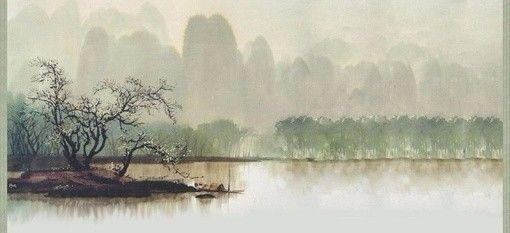
秋晚莼鲈江上，夜深儿女灯前。